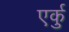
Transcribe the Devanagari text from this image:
एर्कु